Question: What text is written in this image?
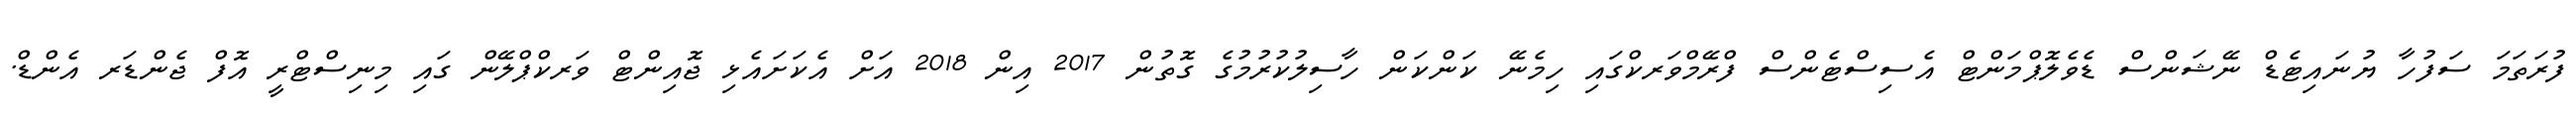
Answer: ފުރަތަމަ ސަފުހާ ޔުނައިޓެޑް ނޭޝަންސް ޑެވެލޮޕްމަންޓް އެސިސްޓެންސް ފްރޭމްވަރކްގައި ހިމެނޭ ކަންކަން ހާސިލުކުރުމުގެ ގޮތުން 2017 އިން 2018 އަށް އެކަށައެޅި ޖޮއިންޓް ވަރކްޕްލޭން ގައި މިނިސްޓްރީ އޮފް ޖެންޑަރ އެންޑް.